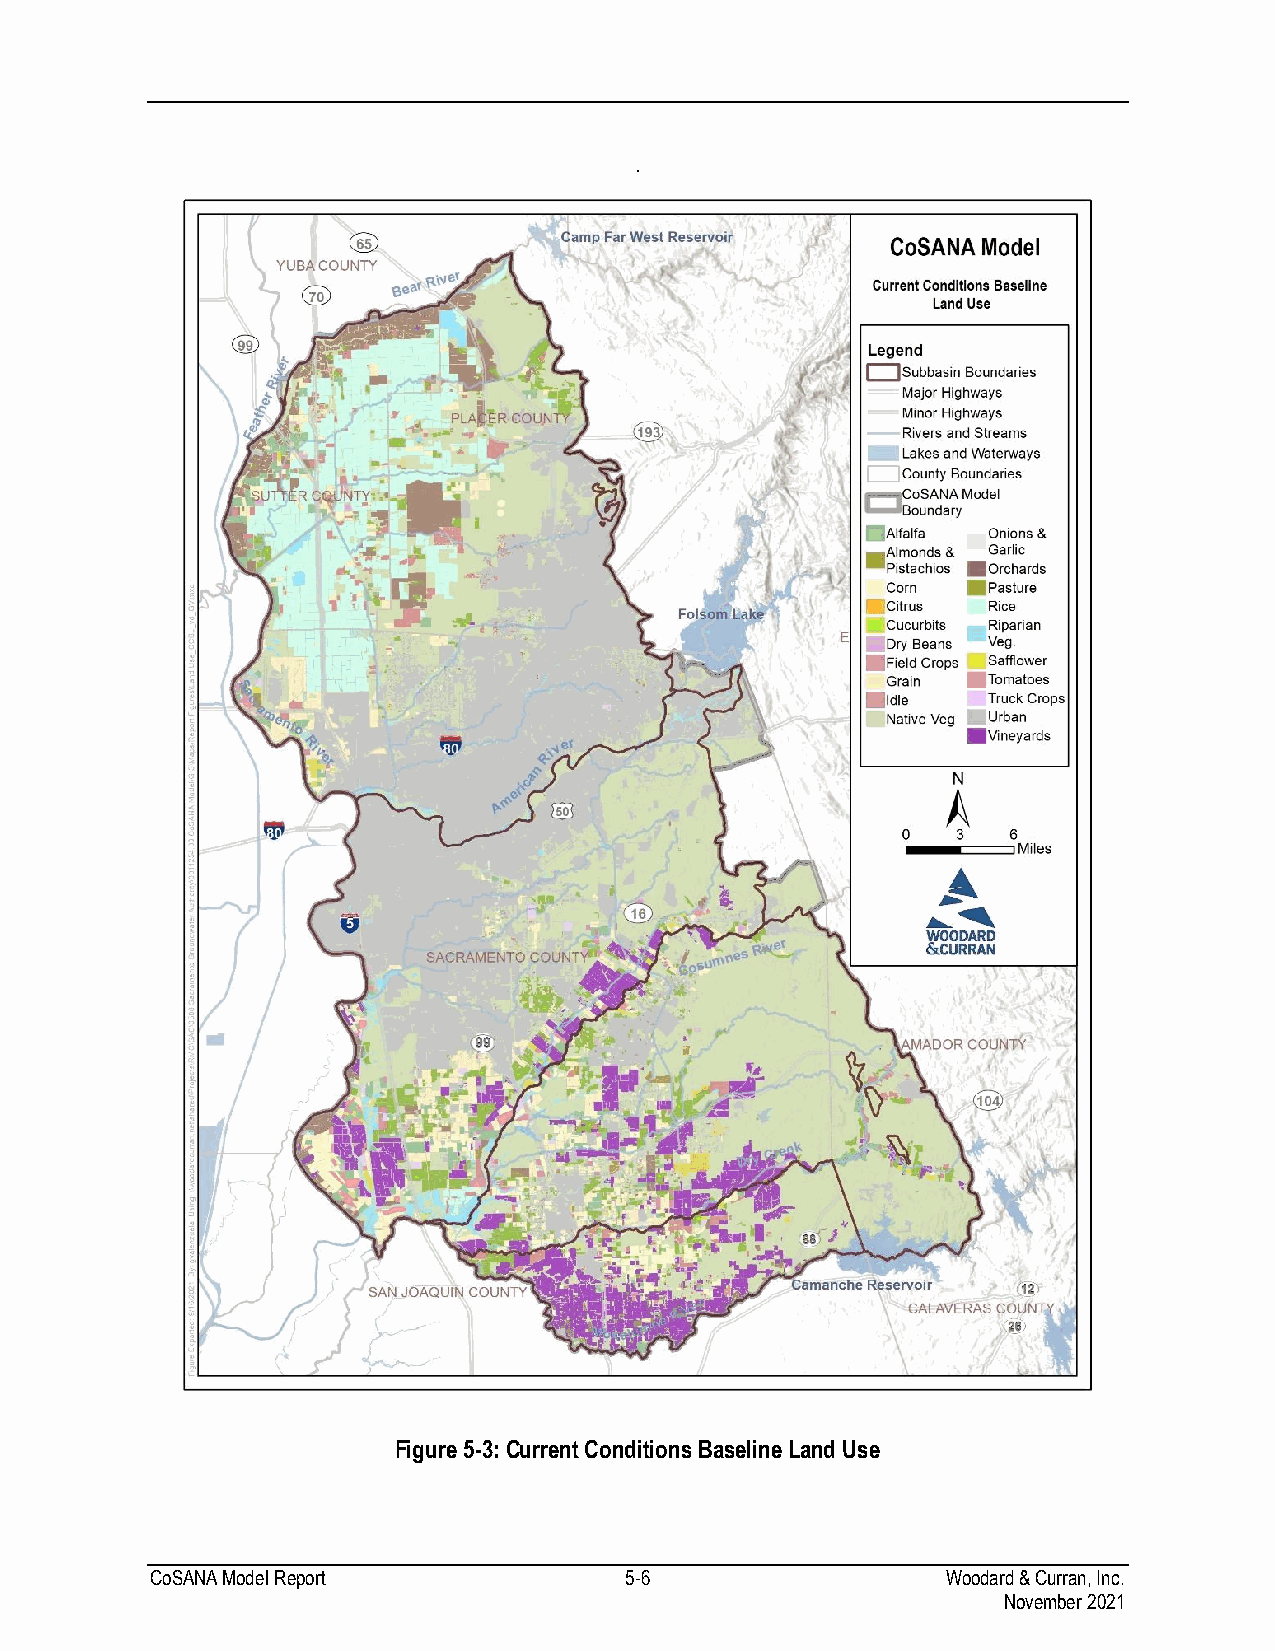
.
 Figure 5-3: Current Conditions Baseline Land Use
 CoSANA Model Report            5-6                   Woodard & Curran, Inc.
 November 2021